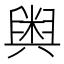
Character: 𮍱